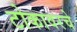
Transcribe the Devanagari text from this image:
टोकावरचे